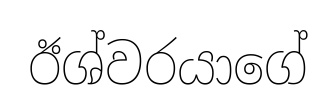
ඊශ්වරයාගේ